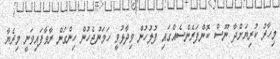
މިހާރު ކުރިޔަށްދާ ނޫސް ކޮންފަރެންސެއްގައި ފުލުހުން ވިދާޅުވީ ހަމަނުޖެހުން ހިންގަން ރާވާފައިވަނީ މިރެޔާ